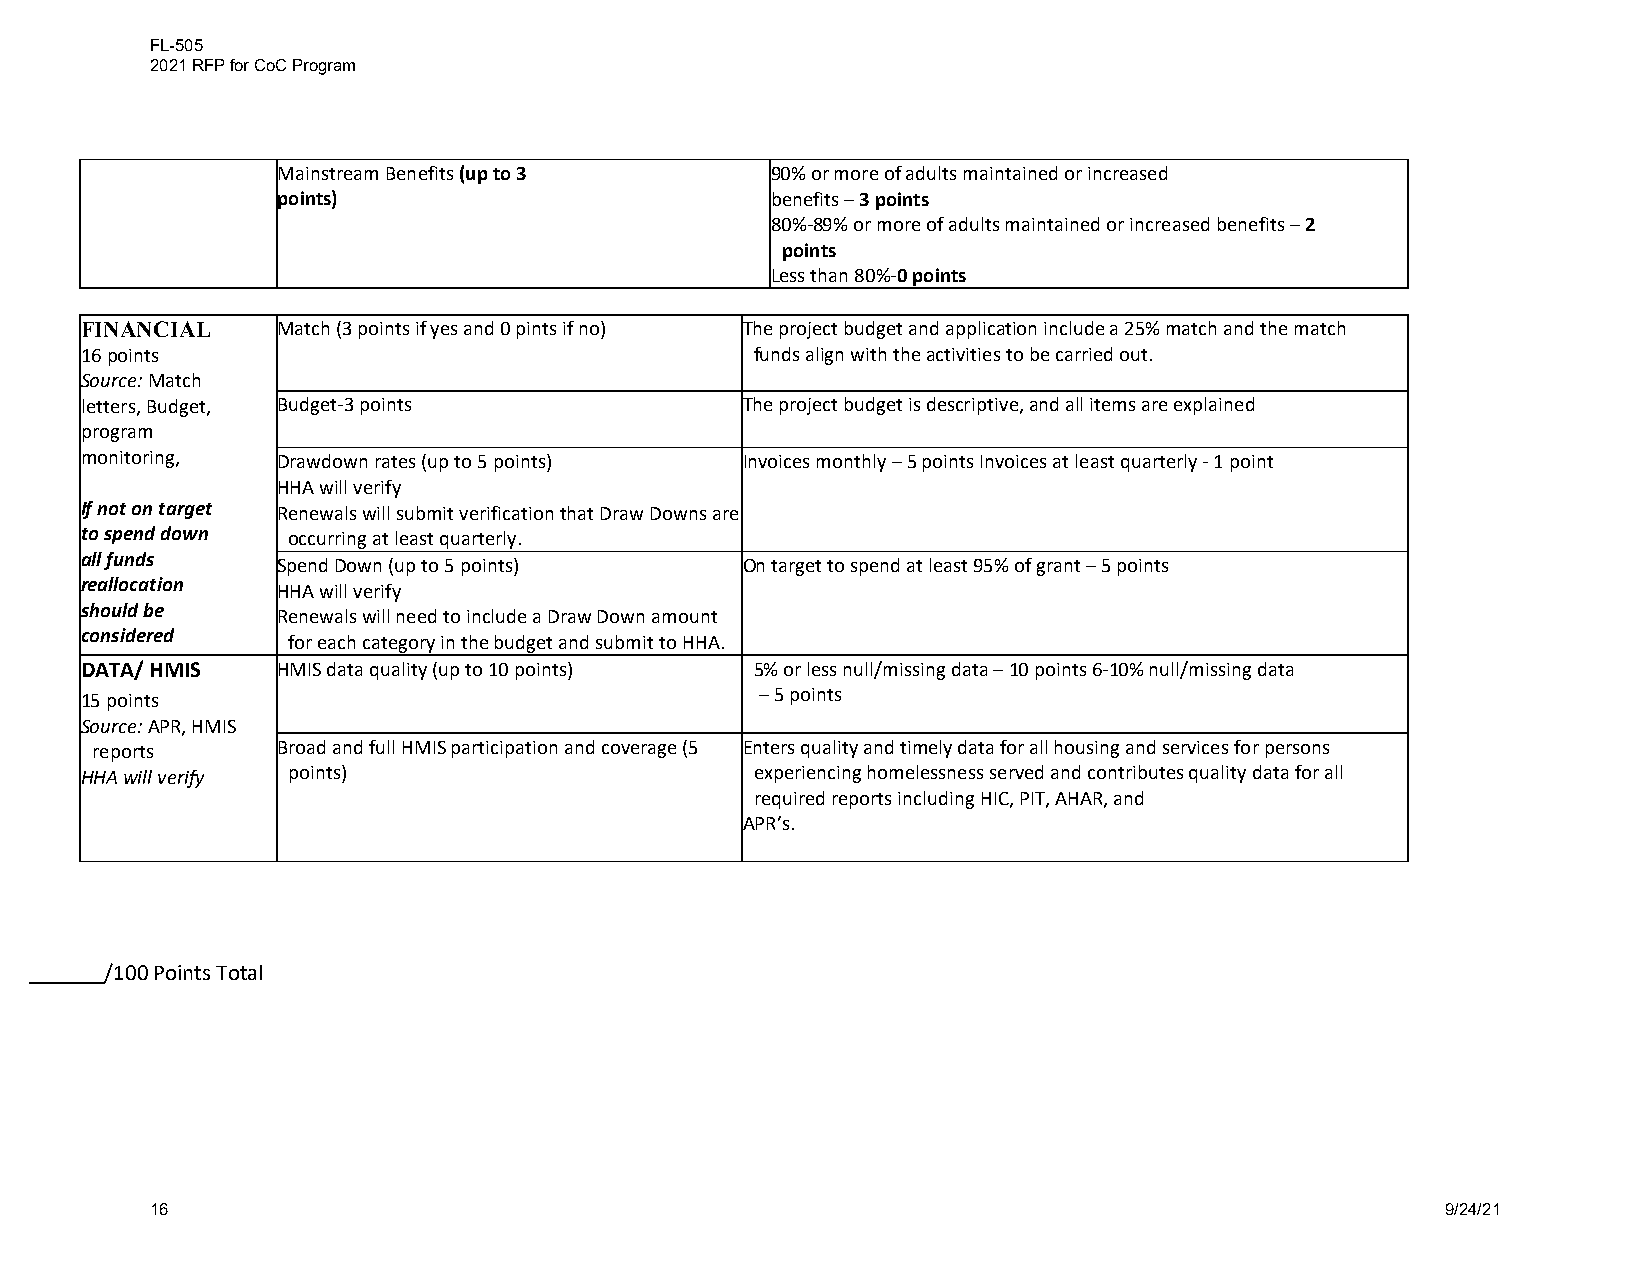
FL-505
 2021 RFP for CoC Program
 Mainstream Benefits (up to 3     90% or more of adults maintained or increased
 points)                          benefits – 3 points
 80%-89% or more of adults maintained or increased benefits – 2
 points
 Less than 80%-0 points
 FINANCIAL    Match (3 points if yes and 0 pints if no) The project budget and application include a 25% match and the match
 16 points                                    funds align with the activities to be carried out.
 Source: Match
 letters, Budget, Budget-3 points            The project budget is descriptive, and all items are explained
 program
 monitoring,  Drawdown rates (up to 5 points) Invoices monthly – 5 points Invoices at least quarterly - 1 point
 HHA will verify
 If not on target Renewals will submit verification that Draw Downs are
 to spend down occurring at least quarterly.
 all funds
 Spend Down (up to 5 points)    On target to spend at least 95% of grant – 5 points
 reallocation
 HHA will verify
 should be
 Renewals will need to include a Draw Down amount
 considered
 for each category in the budget and submit to HHA.
 DATA/ HMIS   HMIS data quality (up to 10 points) 5% or less null/missing data – 10 points 6-10% null/missing data
 15 points                                    –5 points
 Source: APR, HMIS
 reports     Broad and full HMIS participation and coverage (5 Enters quality and timely data for all housing and services for persons
 HHA will verify points)                      experiencing homelessness served and contributes quality data for all
 required reports including HIC, PIT, AHAR, and
 APR’s.
 /100 Points Total
 16                                                                                    9/24/21